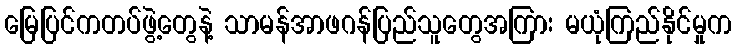
မြေပြင်ကတပ်ဖွဲ့တွေနဲ့ သာမန်အာဖဂန်ပြည်သူတွေအကြား မယုံကြည်နိုင်မှုက